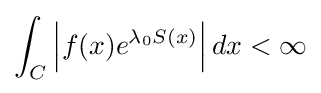
\int _{C}\left|f(x)e^{\lambda _{0}S(x)}\right|dx<\infty